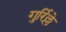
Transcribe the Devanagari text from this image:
गुर्रिल्ले